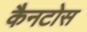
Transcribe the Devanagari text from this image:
कैनटोस